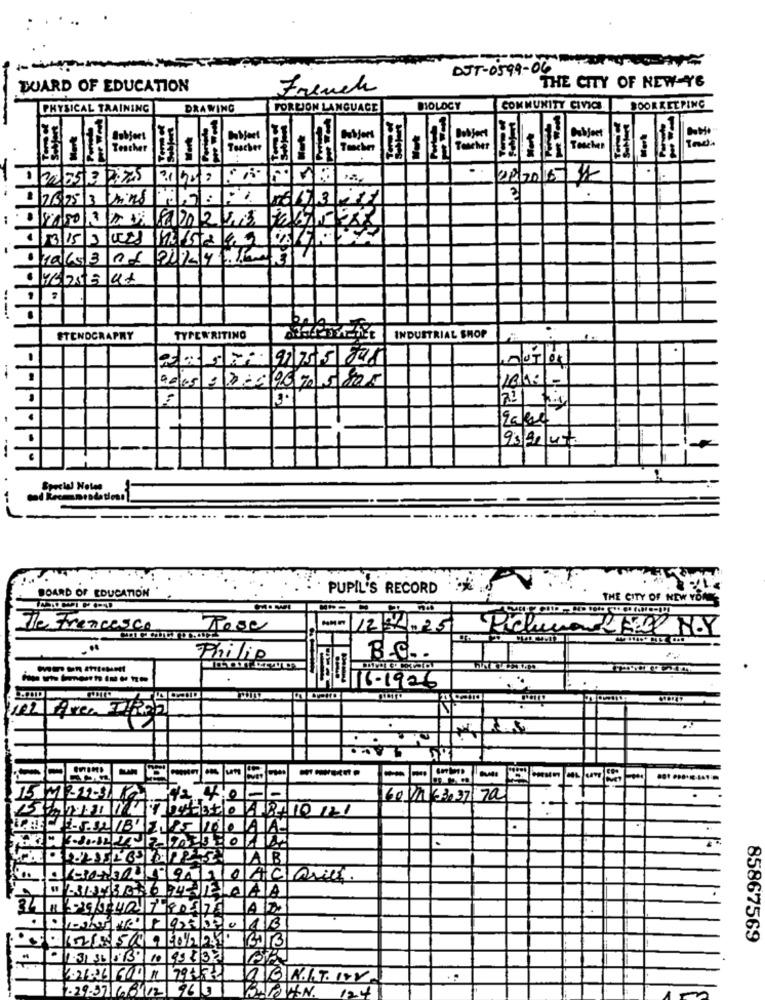
DJT-0599-06
DUARD OF EDUCATION
French
THE CITY OF NEW YE
PHYSICAL TRAINING
DRAWING
FORLION LANGUAGE
BIOLOGY
COMMUNITY CIVICA
BOOKKEEPING
-
Teacher
Teacher
Teacher
1:2
02/2016 11
talks 3 05
aycoste lat
belg
ETENDCRAPRY
TYPEWRITING
INDUSTRIAL SHOP
0/07/04
PUPIL'S RECORD *
BOARD OF EDUCATION
THE CITY OF NEW YOR
The Francesco
Tese
MMM 123425
Philip
B.C ..
10118-1926
-----
15M222-3/ 10
12 4:0-
60/11 63037 70
.
TAB
-19 407180576 AB
(59 3201B
13013
85867569
1.3136 53 10 99837
..
.29.37 6/8/12 963